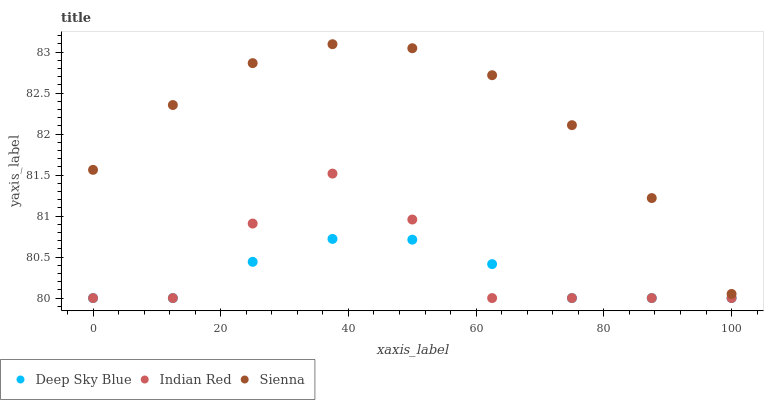
| xaxis_label | Deep Sky Blue | Indian Red | Sienna |
 | --- | --- | --- | --- |
 | 0 | 80 | 80 | 81.6 |
 | 12.5 | 80 | 80 | 82.4 |
 | 25 | 80.4 | 80.9 | 82.9 |
 | 37.5 | 80.7 | 81.5 | 83.1 |
 | 50 | 80.7 | 81 | 83 |
 | 62.5 | 80.4 | 80 | 82.7 |
 | 75 | 80 | 80 | 82.1 |
 | 87.5 | 80 | 80 | 81.2 |
 | 100 | 80 | 80 | 80.1 |